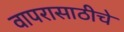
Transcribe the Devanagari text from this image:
वापरासाठीचे